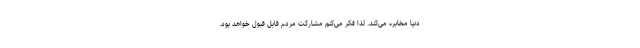
دنیا مخابره می‌کند. لذا فکر می‌کنم مشارکت مردم قابل قبول خواهد بود.